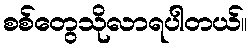
စစ်တွေသိုလာရပါတယ်။